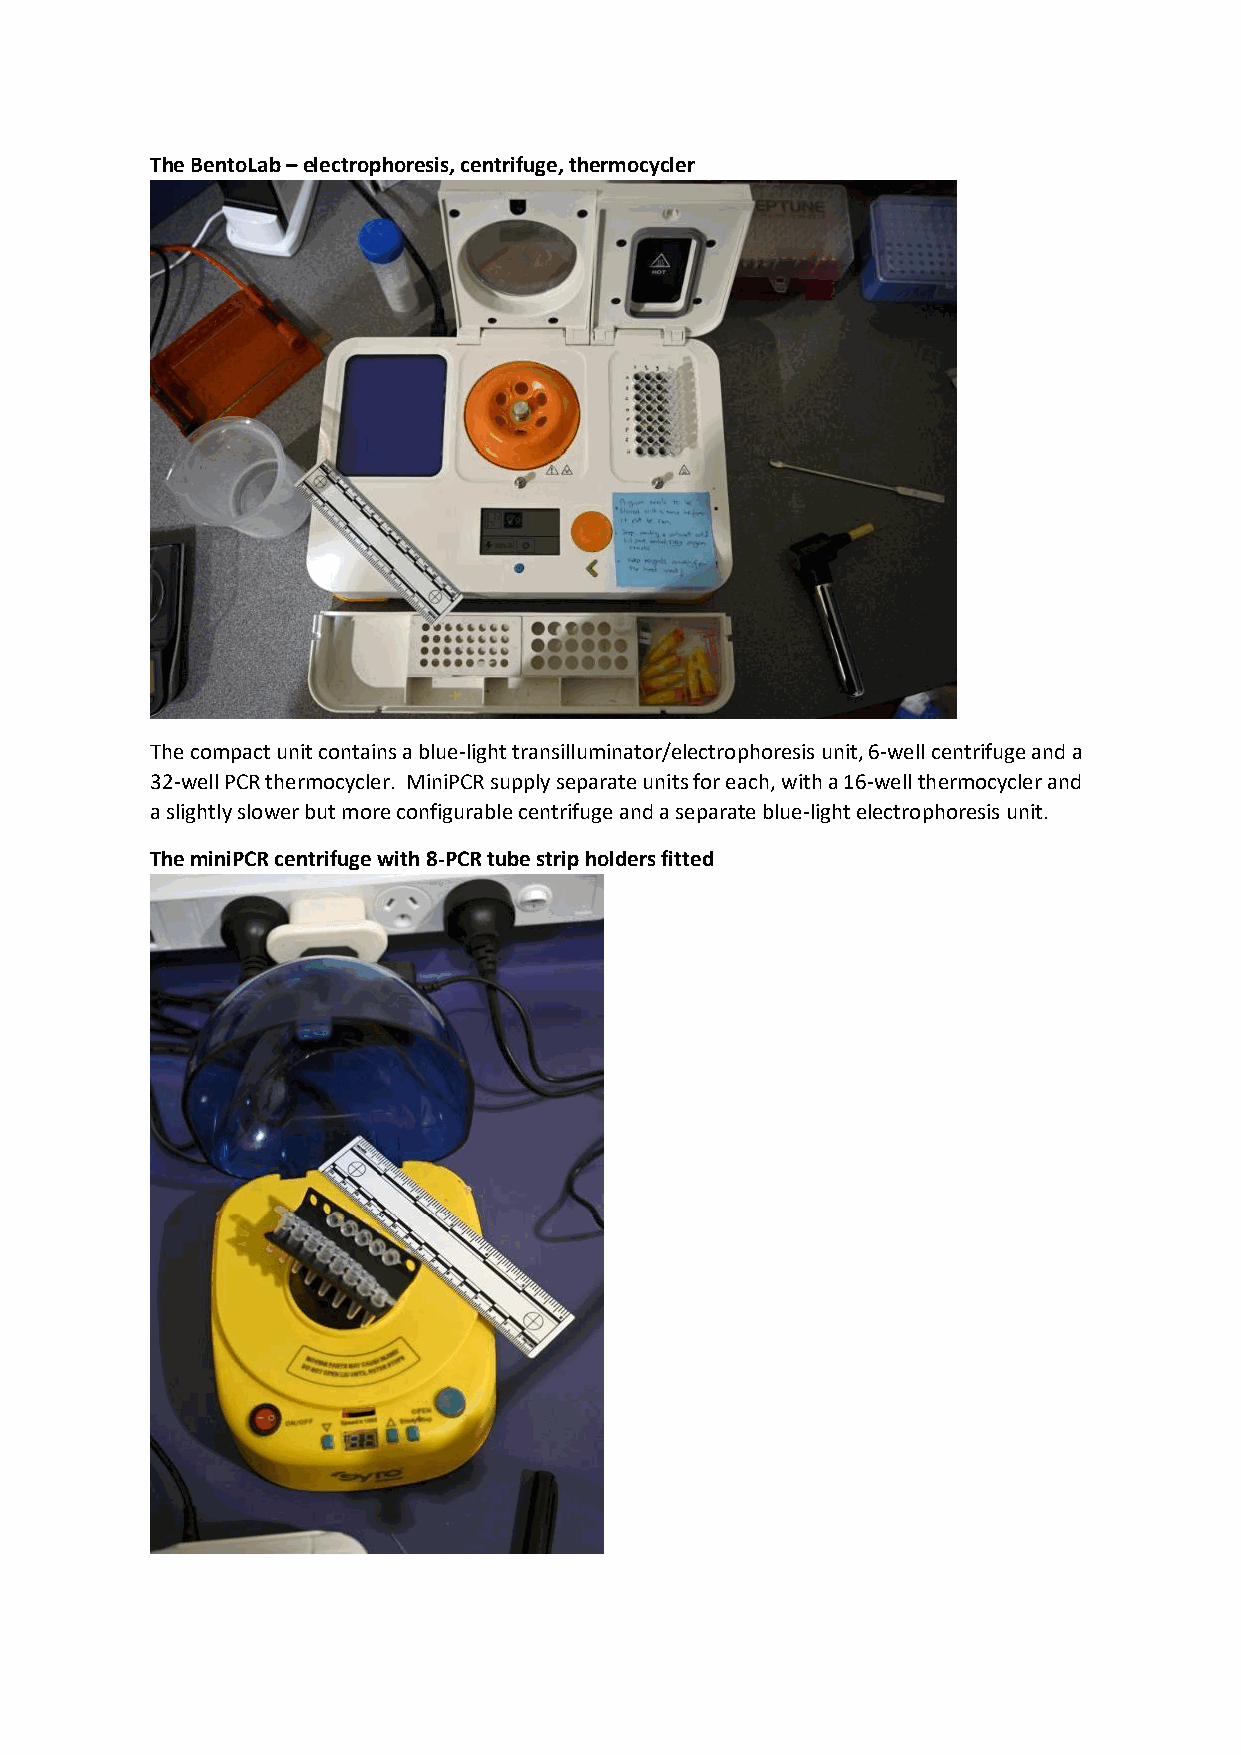
The BentoLab – electrophoresis, centrifuge, thermocycler
 The compact unit contains a blue-light transilluminator/electrophoresis unit, 6-well centrifuge and a
 32-well PCR thermocycler. MiniPCR supply separate units for each, with a 16-well thermocycler and
 a slightly slower but more configurable centrifuge and a separate blue-light electrophoresis unit.
 The miniPCR centrifuge with 8-PCR tube strip holders fitted